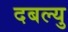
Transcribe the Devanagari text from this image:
दबल्यु